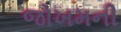
જોખમની